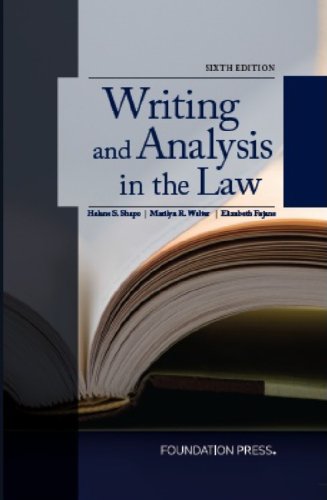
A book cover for Writing and Analysis in the Law, 6th Edition; Helene Shapo; Law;